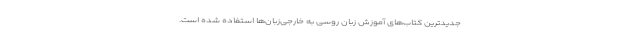
جدیدترین کتاب‌های آموزش زبان روسی به خارجی‌زبان‌ها استفاده شده است.